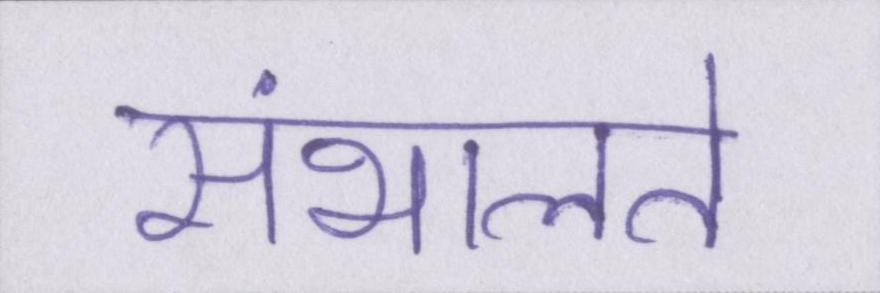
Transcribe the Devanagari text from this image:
संभालते